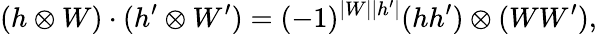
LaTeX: (h\otimes W)\cdot(h^{\prime}\otimes W^{\prime})=(-1)^{\vert W\vert\vert h^{\prime}\vert}(hh^{\prime})\otimes(WW^{\prime}),